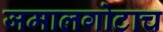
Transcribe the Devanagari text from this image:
जमालगोटाच